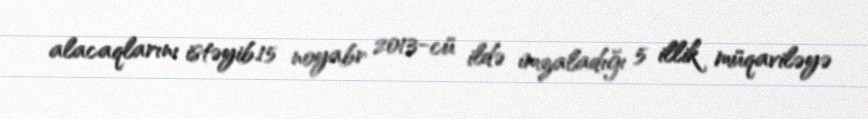
alacaqlarını istəyib.15 noyabr 2013-cü ildə imzaladığı 5 illik müqaviləyə